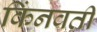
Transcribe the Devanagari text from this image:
किंनवती